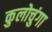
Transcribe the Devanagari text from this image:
कुलोचुंगा